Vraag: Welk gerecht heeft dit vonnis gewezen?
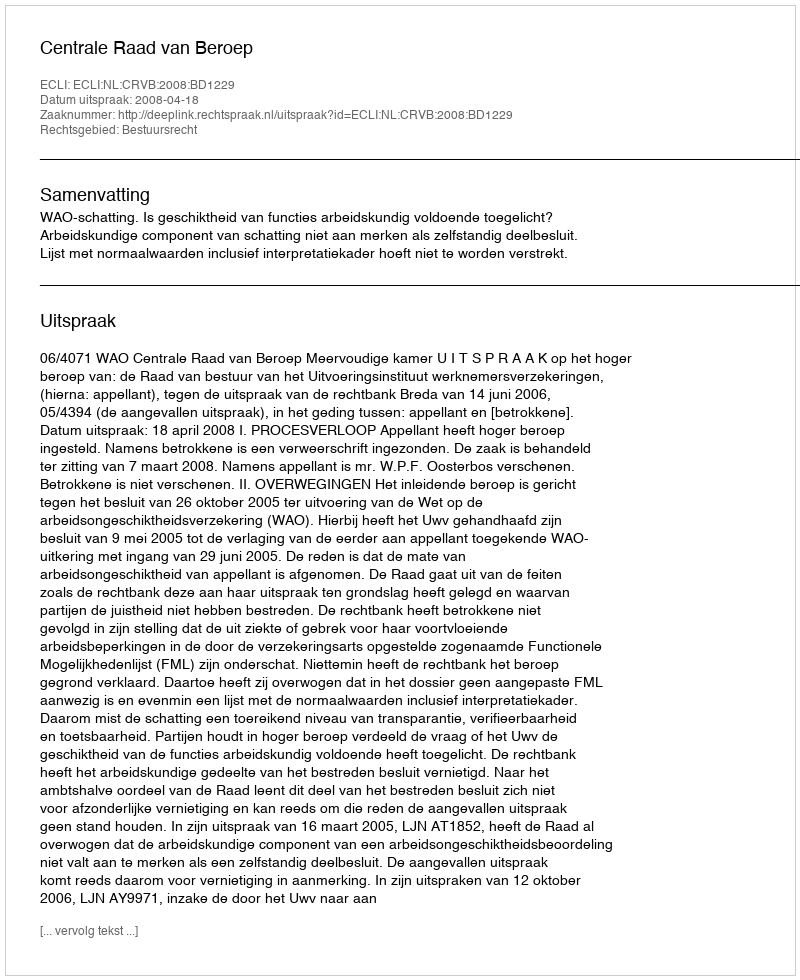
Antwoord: Centrale Raad van Beroep